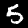
Label: 5